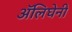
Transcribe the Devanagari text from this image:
अॅलिघेनी